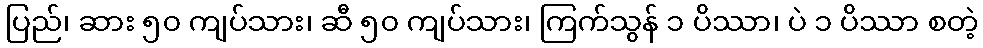
ပြည်၊ ဆား ၅၀ ကျပ်သား၊ ဆီ ၅၀ ကျပ်သား၊ ကြက်သွန် ၁ ပိဿာ၊ ပဲ ၁ ပိဿာ စတဲ့